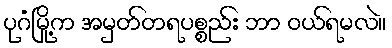
ပုဂံမြို့က အမှတ်တရပစ္စည်း ဘာ ဝယ်ရမလဲ။